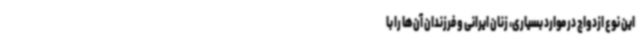
این نوع ازدواج در موارد بسیاری، زنان ایرانی و فرزندان آن‌ها را با